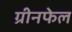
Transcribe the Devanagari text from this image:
ग्रीनफेल